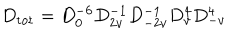
D _ { \mathrm { t o t } } = D _ { 0 } ^ { - 6 } D _ { 2 v } ^ { - 1 } D _ { - 2 v } ^ { - 1 } D _ { v } ^ { 4 } D _ { - v } ^ { 4 }